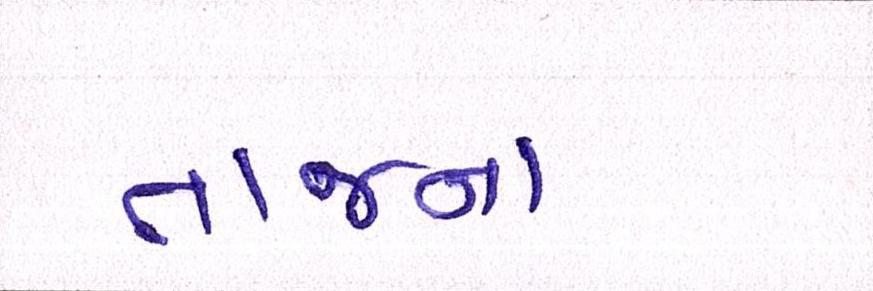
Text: તાજના